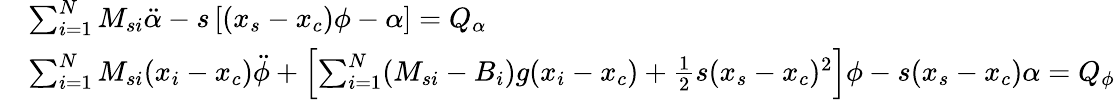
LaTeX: \begin{array}{rl}&{\sum_{i=1}^{N}M_{si}\ddot{\alpha}-s\left[(x_{s}-x_{c})\phi-\alpha\right]=Q_{\alpha}}\\ &{\sum_{i=1}^{N}M_{si}(x_{i}-x_{c})\ddot{\phi}+\left[\sum_{i=1}^{N}(M_{si}-B_{i})g(x_{i}-x_{c})+\frac{1}{2}s(x_{s}-x_{c})^{2}\right]\phi-s(x_{s}-x_{c})\alpha=Q_{\phi}}\end{array}